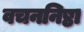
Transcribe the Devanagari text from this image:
वचननिष्ठा